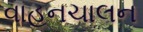
વાહનચાલન